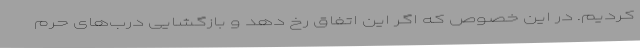
کردیم. در این خصوص که اگر این اتفاق رخ دهد و بازگشایی درب‌های حرم